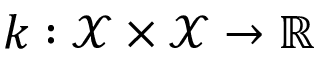
k : \mathcal { X } \times \mathcal { X } \to \mathbb { R }